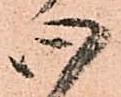
心